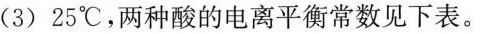
(3)25℃，两种酸的电离平衡常数见下表。